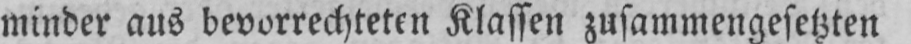
minder aus bevorrechteten Klassen zusammengesetzten